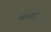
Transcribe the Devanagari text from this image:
भारवर्